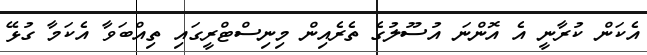
އެކަން ކުރާނީ އެ އޮންނަ އުސޫލުގެ ތެރެއިން މިނިސްޓްރީގައި ތިއްބަވާ އެކަމާ ގުޅޭ